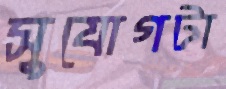
সুযোগটা